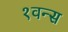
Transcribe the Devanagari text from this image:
१वन्स